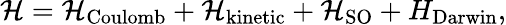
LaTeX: {\mathcal{H}}={\mathcal{H}}_{\mathrm{{Coulomb}}}+{\mathcal{H}}_{\mathrm{kinetic}}+{\mathcal{H}}_{\mathrm{SO}}+H_{\mathrm{Darwin}},